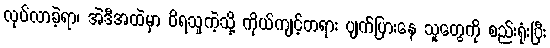
လုပ်လာခဲ့ရာ၊ အဲဒီအထဲမှာ ဝိရသူကဲ့သို့ ကိုယ်ကျင့်တရား ပျက်ပြားနေ သူတွေကို စည်းရုံးပြီး